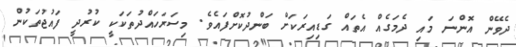
ދެވޭން އޮންނަ މައި ދެމަގެއް އެތައް ގަޑިއިރަކަށް ބަންދުކޮށްފައެވެ. މިސަރަހައްދުތަކަކީ ކުރުދީ ފައުޖުތަކުން